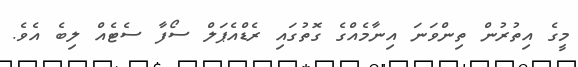
މީގެ އިތުރުން ތިންވަނަ އިނާމެއްގެ ގޮތުގައި ރެޑްއެޕަލް ސޯފާ ސެޓެއް ލިބެ އެވެ.